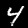
Label: 4